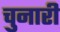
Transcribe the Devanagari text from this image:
चुनारी